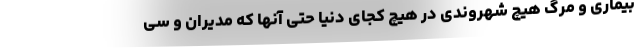
بیماری و مرگ هیچ شهروندی در هیچ کجای دنیا حتی آنها که مدیران و سی